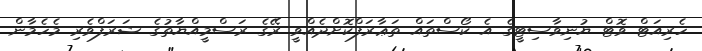
ހެރިއަޓް ވޮޓް ޔުނިވާސިޓީގެ އެ ކޯސްތައް ތަޢާރަފްކޮށްދެއްވީ ރޭގެ ރަސްމީއްޔާތުގެ ޝަރަފްވެރި މެހެމާން